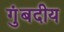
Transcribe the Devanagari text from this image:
गुंबदीय